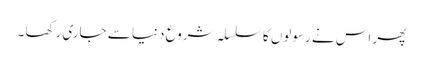
پھر اس نے رسولوں کا سلسلہ شروع دنیا سے جاری رکھا ۔